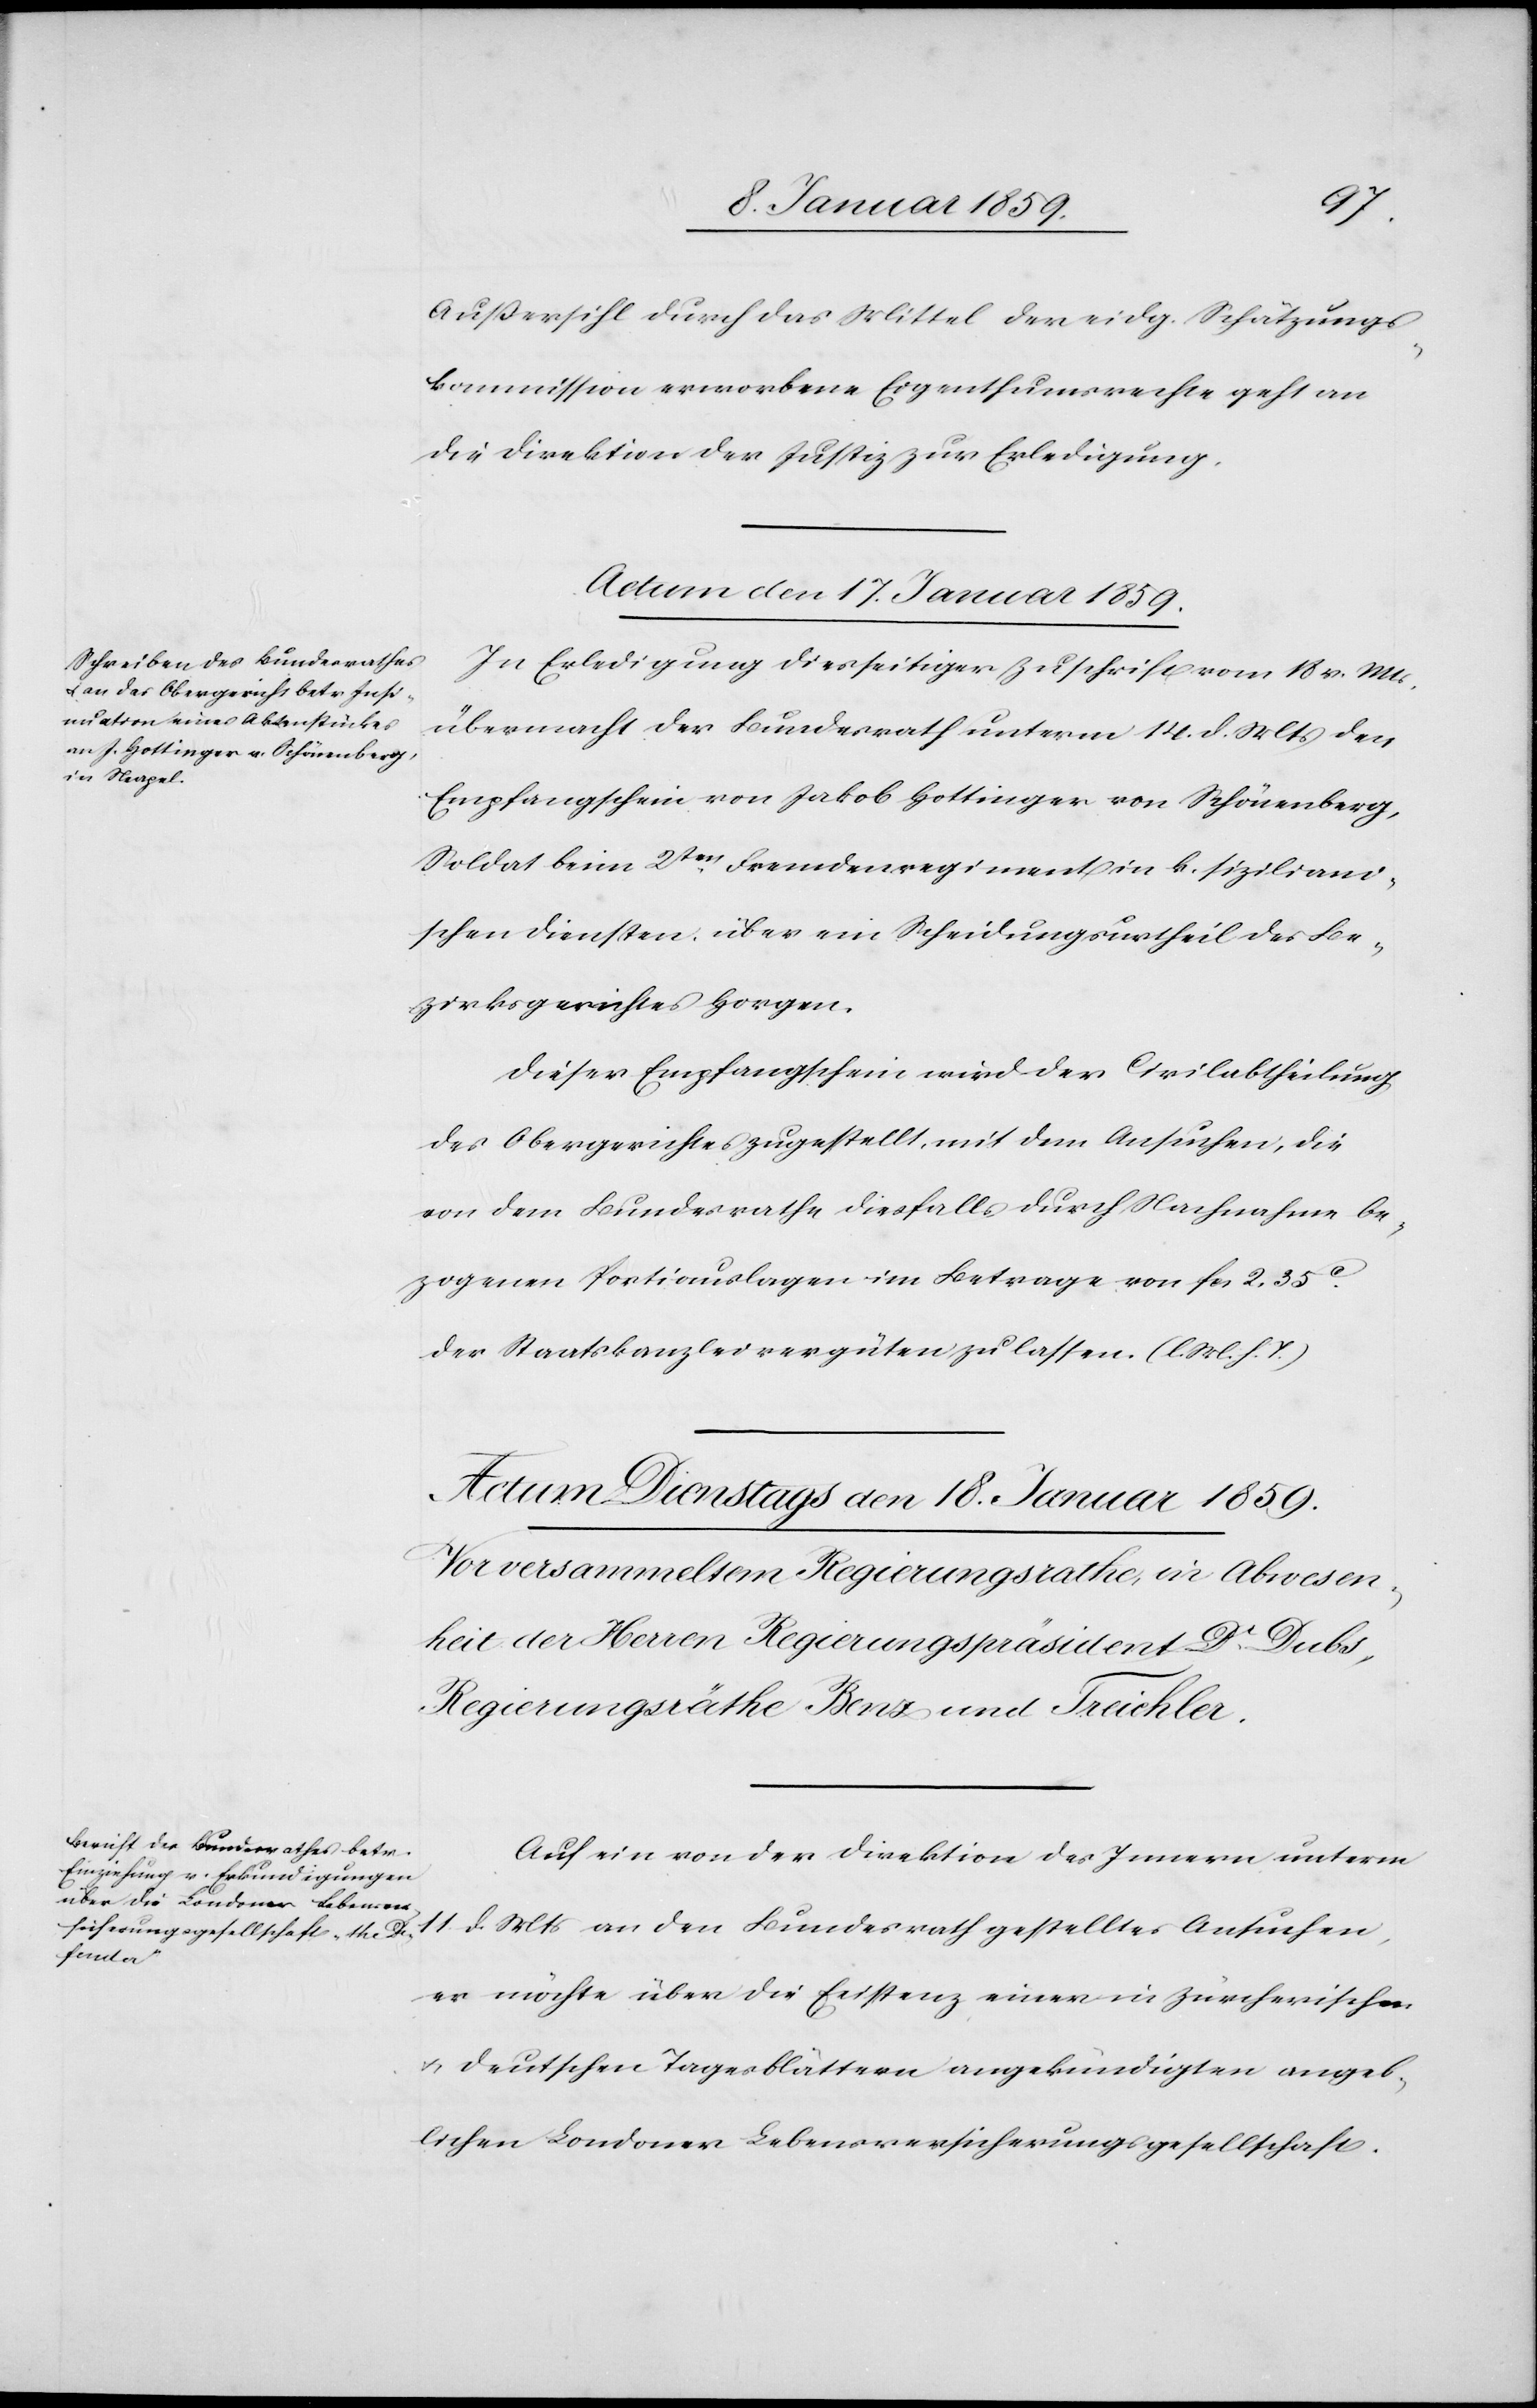
Außersihl durch das Mittel der eidg. Schätzungs¬
kommission erworbenen Eigenthumsrechte geht an
die Direktion der Justiz zur Erledigung.
Actum den 17. Januar 1859.
In Erledigung diesseitiger Zuschrift vom 18 v. Mts.
übermacht der Bundesrath unterm 14. d. Mts. den
Empfangschein von Jakob Hottinger von Schönenberg,
Soldat beim 2ten. Fremdenregiment in k. siziliani¬
schen Diensten über ein Scheidungsurtheil des Be¬
zirksgerichtes Horgen.
Dieser Empfangschein wird der Civilabtheilung
des Obergerichtes zugestellt, mit dem Ansuchen, die
von dem Bundesrathe diesfalls durch Nachnahme be¬
zogenen Portiauslagen im Betrag von fcs 2. 35c.
der Staatskanzlei vergüten zulassen. (l. M. h. T.)
Auf ein von der Direktion des Innern unterm
11. d. Mts an den Bundesrath gestelltes Ansuchen,
er möchte über die Existenz einer in zürcherischen
u. deutschen Tagesblättern angekündigten angeb¬
lichen Londoner Lebensversicherungsgesellschaft.